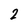
Character: 2